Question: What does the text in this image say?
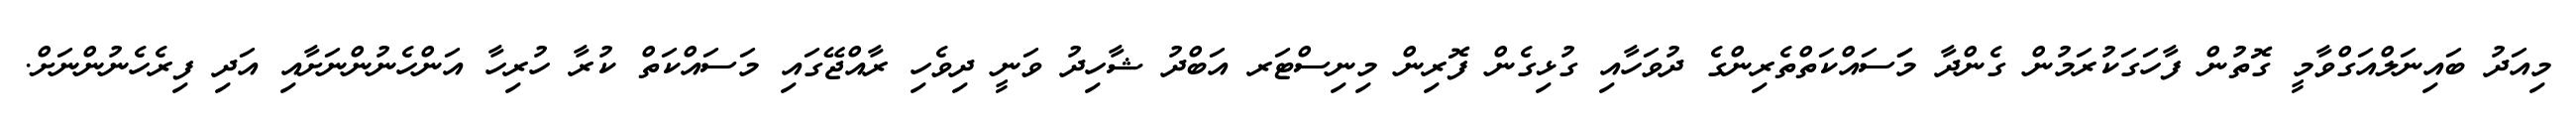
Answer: މިއަދު ބައިނަލްއަގްވާމީ ގޮތުން ފާހަގަކުރަމުން ގެންދާ މަަސައްކަތްތެރިންގެ ދުވަހާއި ގުޅިގެން ފޮރިން މިނިސްޓަރ އަބްދު ޝާހިދު ވަނީ ދިވެހި ރާއްޖޭގައި މަސައްކަތް ކުރާ ހުރިހާ އަންހެނުންނަށާއި އަދި ފިރެހެނުންނަށް.